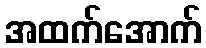
အထက်အောက်